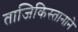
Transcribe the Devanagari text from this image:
ताजिकिस्तानाने